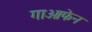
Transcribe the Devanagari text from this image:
गाओफेन